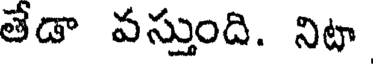
తేడా వస్తుంది. నిటా